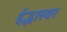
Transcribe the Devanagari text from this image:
ईद्भास्वर